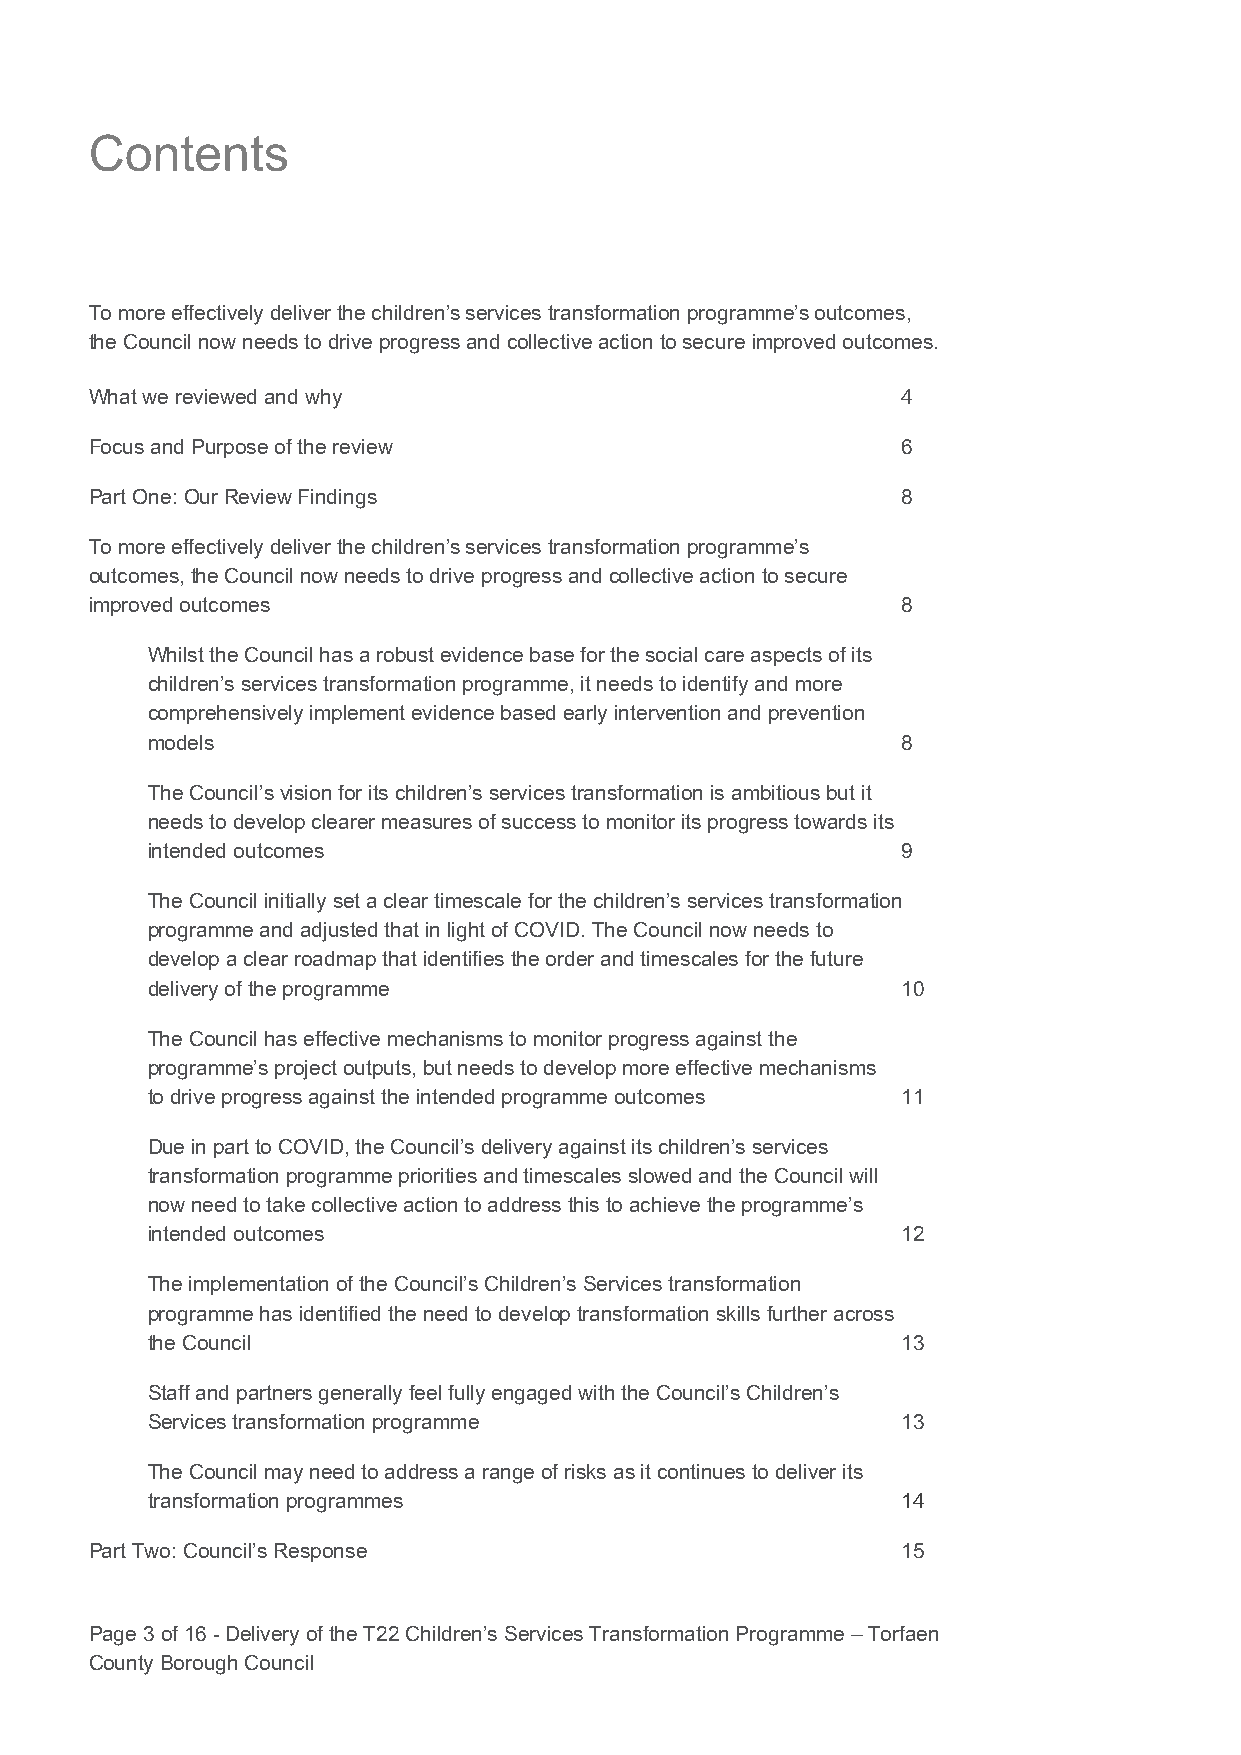
Contents
 To more effectively deliver the children’s services transformation programme’s outcomes,
 the Council now needs to drive progress and collective action to secure improved outcomes.
 What we reviewed and why                              4
 Focus and Purpose of the review                       6
 Part One: Our Review Findings                         8
 To more effectively deliver the children’s services transformation programme’s
 outcomes, the Council now needs to drive progress and collective action to secure
 improved outcomes                                     8
 Whilst the Council has a robust evidence base for the social care aspects of its
 children’s services transformation programme, it needs to identify and more
 comprehensively implement evidence based early intervention and prevention
 models                                            8
 The Council’s vision for its children’s services transformation is ambitious but it
 needs to develop clearer measures of success to monitor its progress towards its
 intended outcomes                                 9
 The Council initially set a clear timescale for the children’s services transformation
 programme and adjusted that in light of COVID. The Council now needs to
 develop a clear roadmap that identifies the order and timescales for the future
 delivery of the programme                         10
 The Council has effective mechanisms to monitor progress against the
 programme’s project outputs, but needs to develop more effective mechanisms
 to drive progress against the intended programme outcomes 11
 Due in part to COVID, the Council’s delivery against its children’s services
 transformation programme priorities and timescales slowed and the Council will
 now need to take collective action to address this to achieve the programme’s
 intended outcomes                                 12
 The implementation of the Council’s Children’s Services transformation
 programme has identified the need to develop transformation skills further across
 the Council                                       13
 Staff and partners generally feel fully engaged with the Council’s Children’s
 Services transformation programme                 13
 The Council may need to address a range of risks as it continues to deliver its
 transformation programmes                         14
 Part Two: Council’s Response                          15
 Page 3 of 16 - Delivery of the T22 Children’s Services Transformation Programme – Torfaen
 County Borough Council